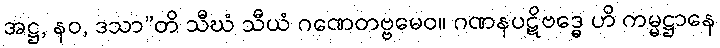
အဋ္ဌ, နဝ, ဒသာ”တိ သီဃံ သီယံ ဂဏေတဗ္ဗမေဝ။ ဂဏနပဋိဗဒ္ဓေ ဟိ ကမ္မဋ္ဌာနေ